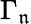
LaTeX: \Gamma_{\mathfrak{n}}